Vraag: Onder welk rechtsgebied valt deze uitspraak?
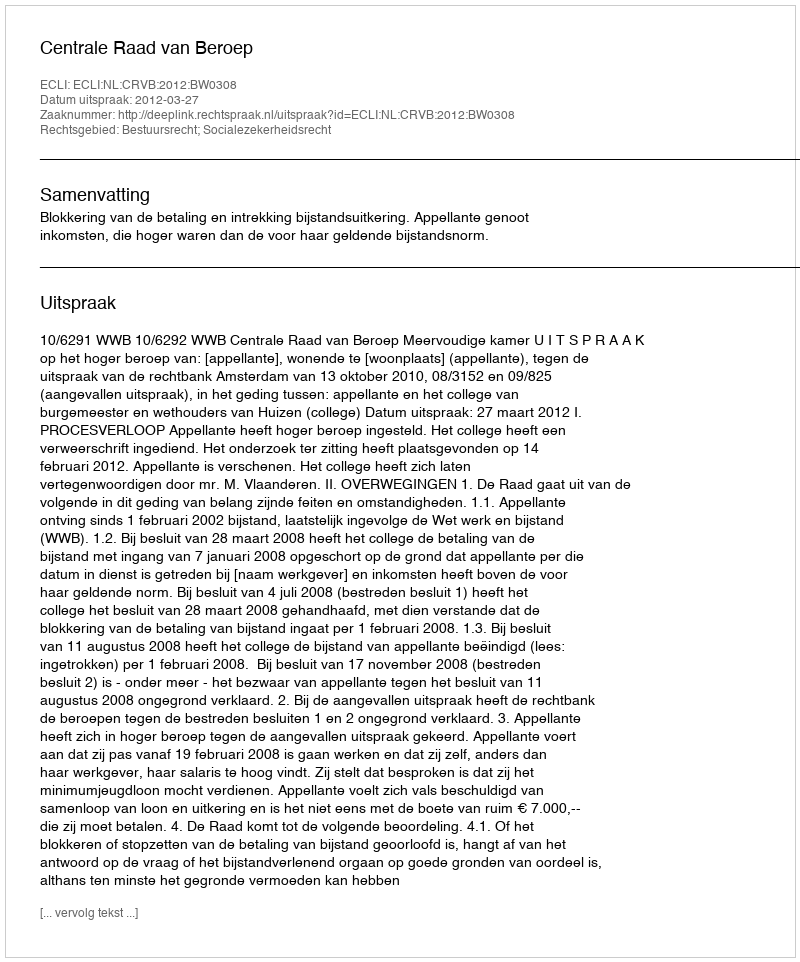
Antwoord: Bestuursrecht; Socialezekerheidsrecht